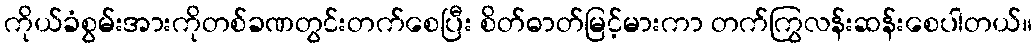
ကိုယ်ခံစွမ်းအားကိုတစ်ခဏတွင်းတက်စေပြီး စိတ်ဓာတ်မြင့်မားကာ တက်ကြွလန်းဆန်းစေပါတယ်။